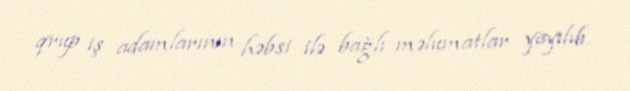
qrup iş adamlarının həbsi ilə bağlı məlumatlar yayılıb.